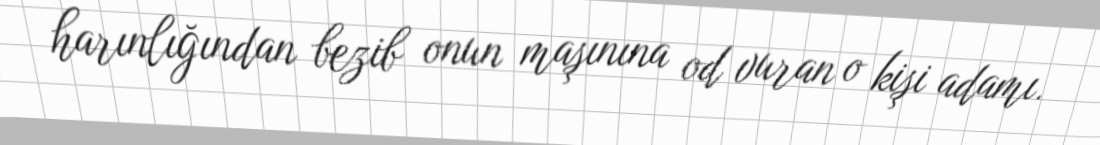
harınlığından bezib onun maşınına od vuran o kişi adamı.